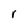
Character: r